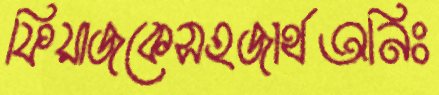
ফিয়াজকেসহজার্থঅনিঃ